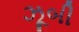
ઝૂબી